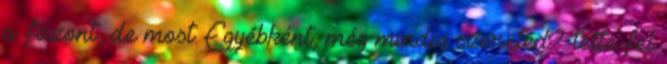
a fazont, de most. Egyébként, még mindig szereted?-tette fel